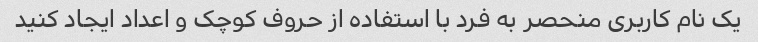
یک نام کاربری منحصر به فرد با استفاده از حروف کوچک و اعداد ایجاد کنید